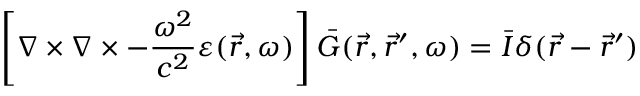
\left[ \nabla \times \nabla \times - \frac { \omega ^ { 2 } } { c ^ { 2 } } \varepsilon ( \vec { r } , \omega ) \right] \bar { G } ( \vec { r } , \vec { r } ^ { \prime } , \omega ) = \bar { I } \delta ( \vec { r } - \vec { r } ^ { \prime } )